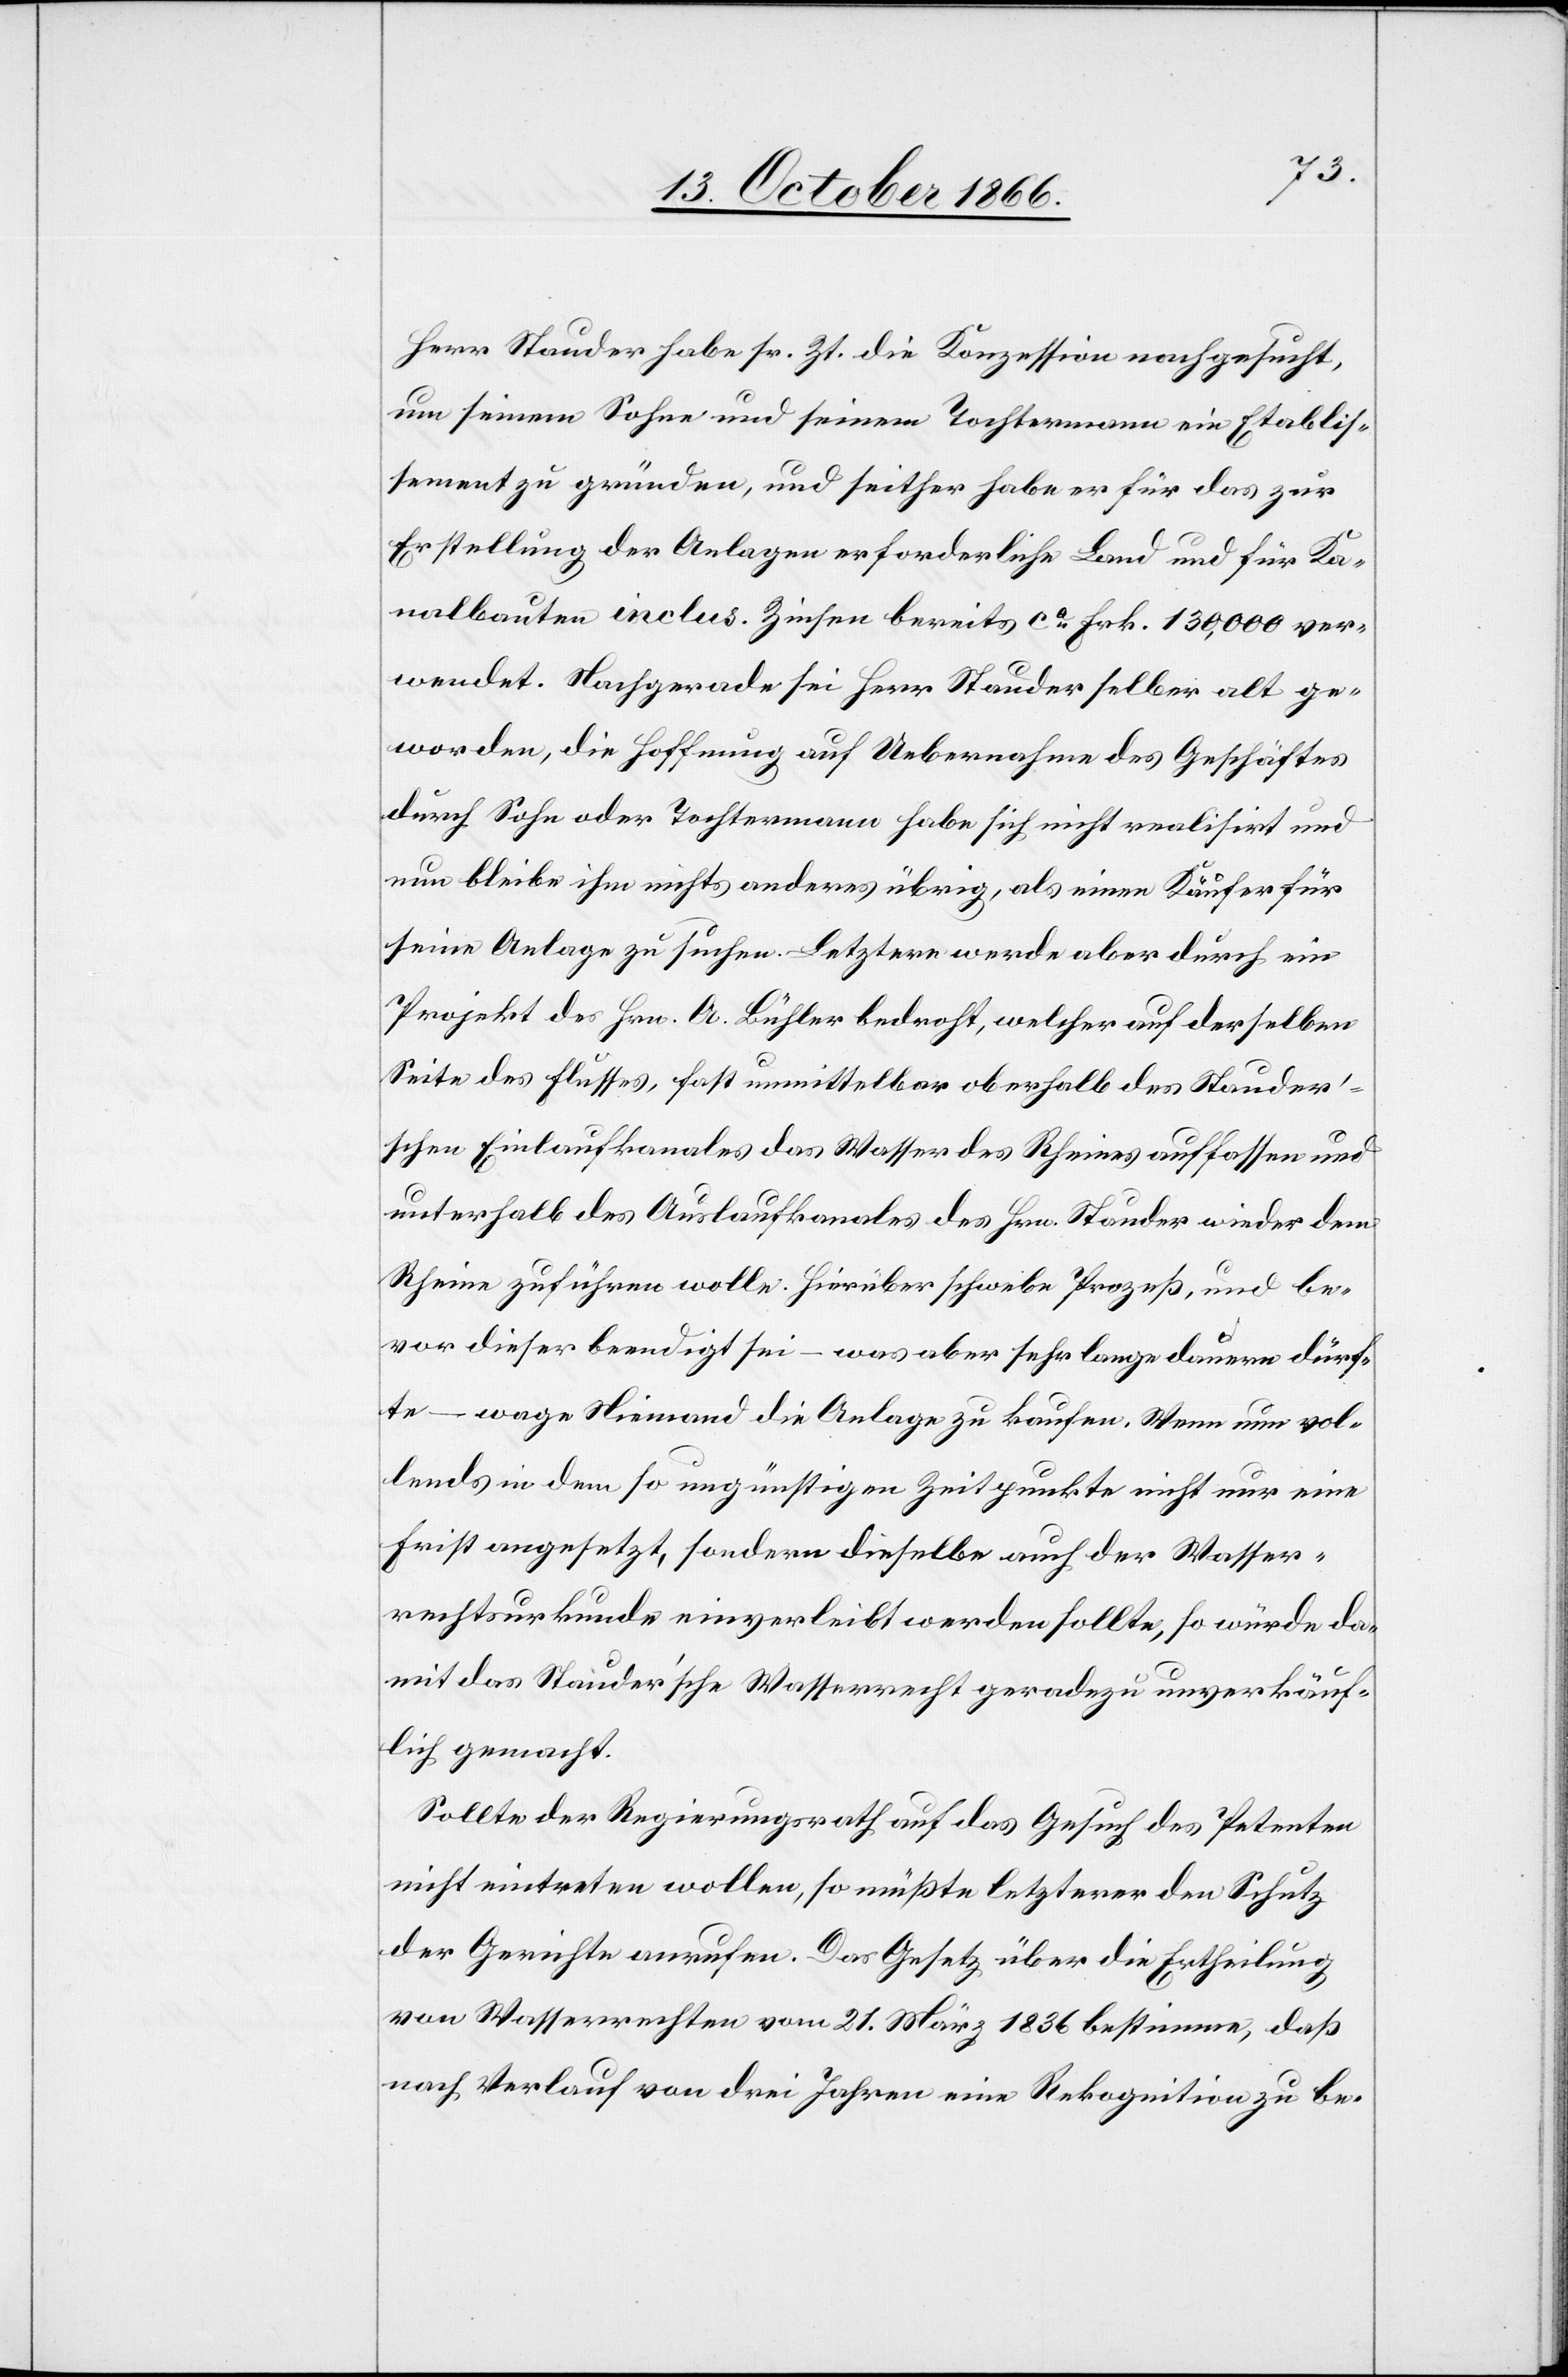
Herr Stauder habe sr. Zt. die Konzession nachgesucht,
um seinem Sohn und seinem Tochtermann ein Etablis¬
sement zu gründen, und seither habe er für das zur
Erstellung der Anlagen erforderliche Land und für Ka¬
nalbauten inclus. Zinsen bereits ca. Frk. 130 000 ver¬
wendet. Nachgerade sei Herr Stauder selber alt ge¬
worden, die Hoffnung auf Uebernahme des Geschäftes
durch Sohn oder Tochtermann habe sich nicht realisirt und
nun bleibe ihm nichts anderes übrig, als einen Käufer für
seine Anlage zu suchen. Letztere werde aber durch ein
Projekt des Hrn. A. Bühler bedroht, welcher auf derselben
Seite des Flusses, fast unmittelbar oberhalb des Stauder’s¬
chen Einlaufkanales das Wasser des Rheines auffassen und
unterhalb des Auslaufkanales des Hrn. Stauder wieder dem
Rhein zuführen wolle. Hierüber schwebe Prozeß, und be¬
vor dieser beendigt sei – was aber sehr lange dauern dürf¬
te – wage Niemand die Anlage zu kaufen. Wenn nun vol¬
lends in dem so ungünstigen Zeitpunkte nicht nur eine
Frist angesetzt, sondern dieselbe auch der Wasser¬
rechtsurkunde einverleibt werden sollte, so würde da¬
mit das Stauder’sche Wasserrecht geradezu unverkäuf¬
lich gemacht.
Sollte der Regierungsrath auf das Gesuch des Petenten
nicht eintreten wollen, so müßte letzterer den Schutz
der Gerichte anrufen. Das Gesetz über die Ertheilung
von Wasserrechten vom 21. März 1836 bestimme, daß
nach Verlauf von drei Jahren eine Rekognition zu be-